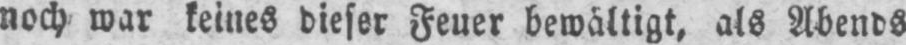
noch war keines dieser Feuer bewältigt, als Abends